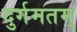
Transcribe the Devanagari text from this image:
दुर्गमतम्